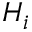
H _ { i }